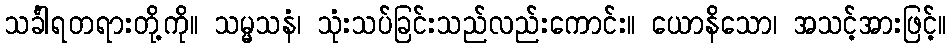
သင်္ခါရတရားတို့ကို။ သမ္မသနံ၊ သုံးသပ်ခြင်းသည်လည်းကောင်း။ ယောနိသော၊ အသင့်အားဖြင့်။